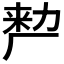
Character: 𭆉